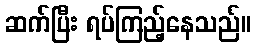
ဆက်ပြီး ရပ်ကြည့်နေသည်။